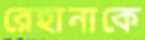
রেহানাকে